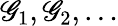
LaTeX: \mathscr{G}_{1},\mathscr{G}_{2},\ldots